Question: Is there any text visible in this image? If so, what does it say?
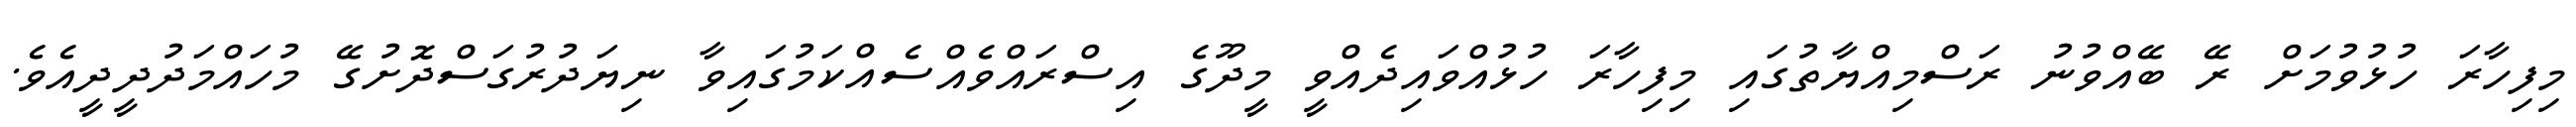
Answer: މިފިހާރަ ހުޅުވުމަށް ރޭ ބޭއްވުނު ރަސްމިއްޔާތުގައި މިފިހާރަ ހުޅުއްވައިދެއްވީ މީދޫގެ އިސްރައްވެއްސެއްކަމުގައިވާ ނިޔަދުރުގަސްދޮށުގޭ މުހައްމަދުދީދީއެވެ.